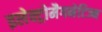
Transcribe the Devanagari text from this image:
इलेक्ट्रोमैगनेटिज्म